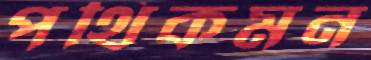
পথিকমন